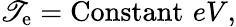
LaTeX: \mathscr{T}_{\mathrm{{e}}}=\mathrm{{Constant}}\, \, eV,